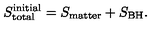
S _ { \mathrm { t o t a l } } ^ { \mathrm { i n i t i a l } } = S _ { \mathrm { m a t t e r } } + S _ { \mathrm { B H } } .